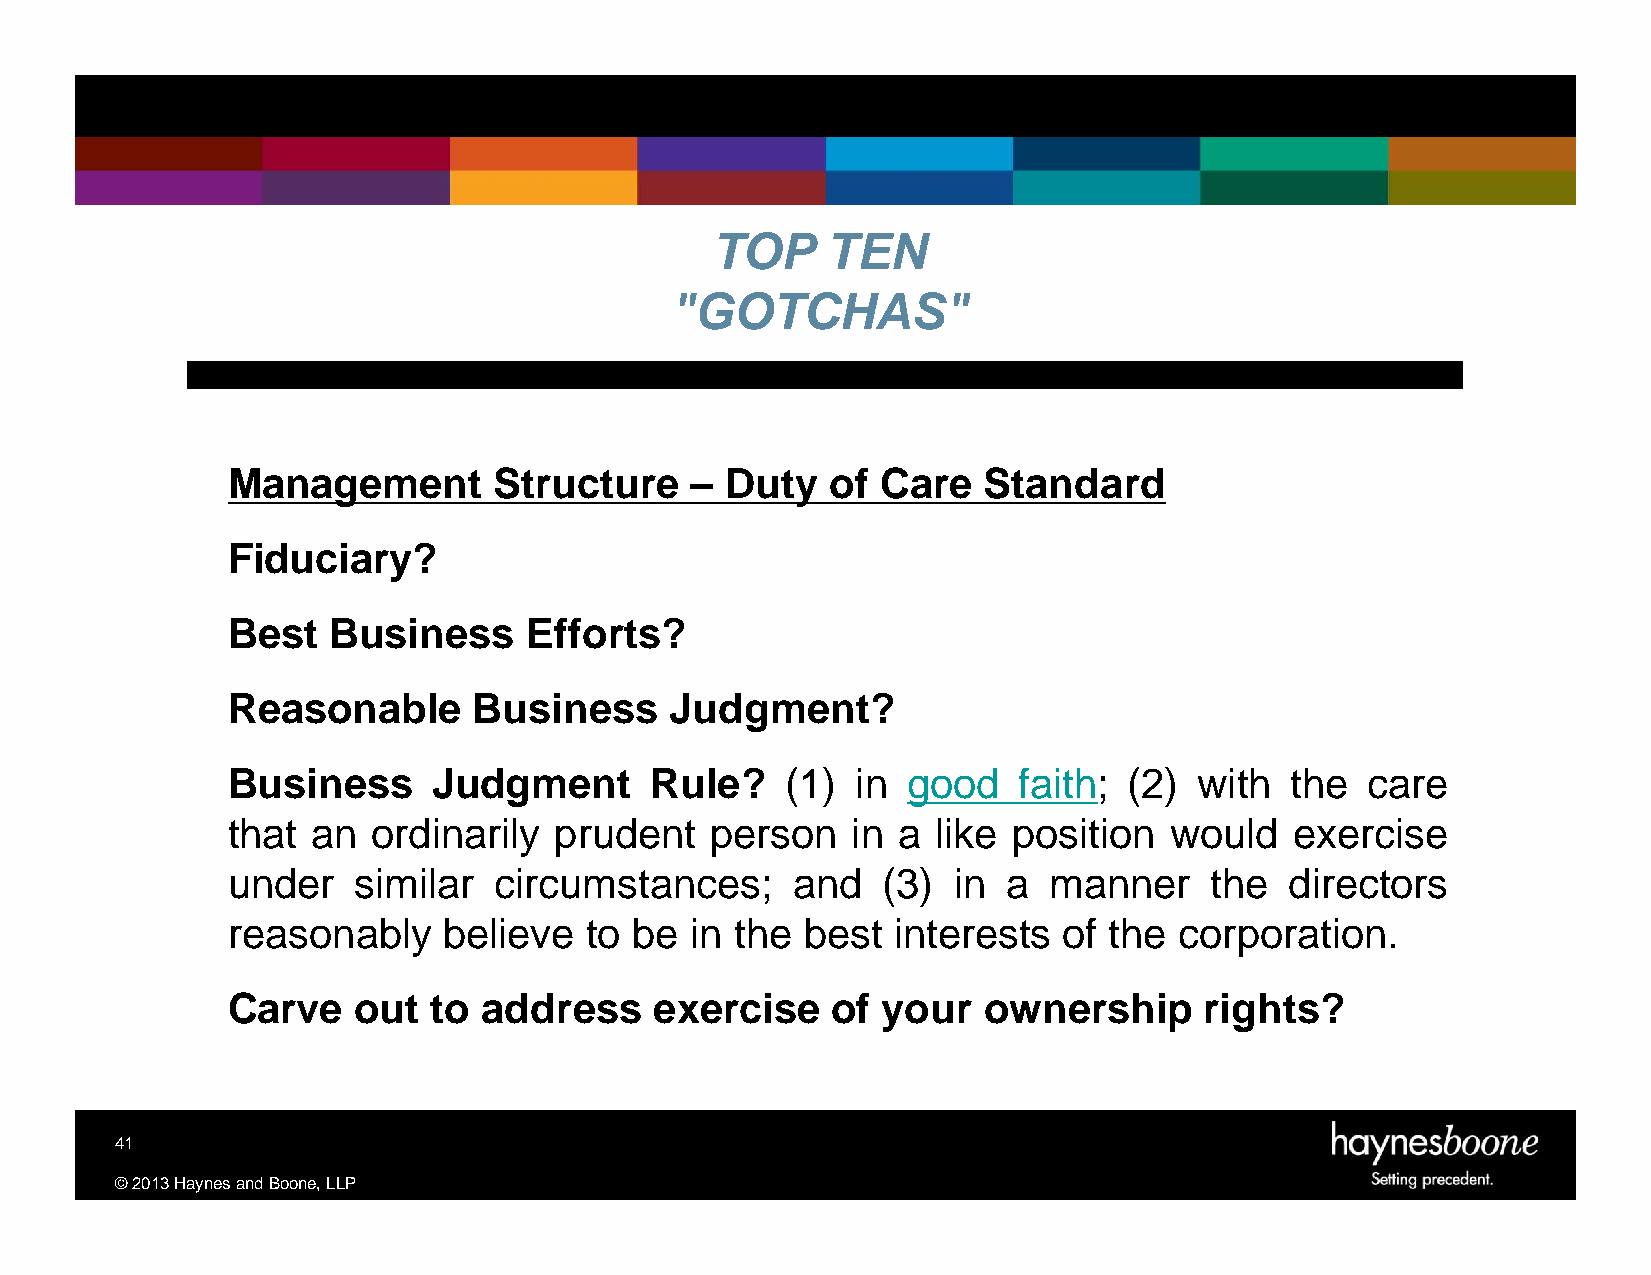
TOP     TEN
 "GOTCHAS"
 Management        Structure    – Duty   of Care   Standard
 Fiduciary?
 Best   Business     Efforts?
 Reasonable      Business     Judgment?
 Business      Judgment      Rule?    (1)  in good   faith;  (2) with  the  care
 that  an  ordinarily  prudent   person   in a  like position  would    exercise
 under   similar   circumstances;     and   (3)  in  a manner     the  directors
 reasonably    believe   to be  in the best  interests  of the  corporation.
 Carve   out   to address    exercise    of your   ownership      rights?
 41
 ©2013HaynesandBoone,LLP